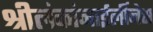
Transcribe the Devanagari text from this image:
श्रीलंकांनाईर्लीनेस